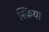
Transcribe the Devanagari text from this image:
श्किया